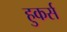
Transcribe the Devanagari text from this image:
हुकर्स